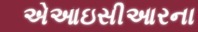
એઆઇસીઆરના